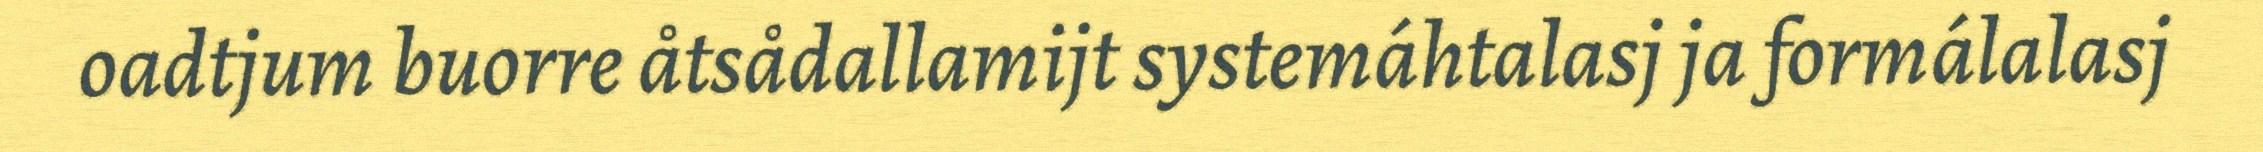
oadtjum buorre åtsådallamijt systemáhtalasj ja formálalasj